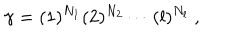
\gamma = ( 1 ) ^ { N _ { 1 } } ( 2 ) ^ { N _ { 2 } } \cdots ( l ) ^ { N _ { l } } ~ ,